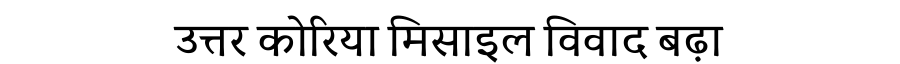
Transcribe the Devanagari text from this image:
उत्तर कोरिया मिसाइल विवाद बढ़ा